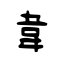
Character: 韋